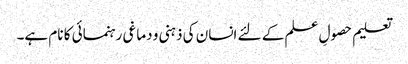
تعلیم حصولِ علم کے لئے انسان کی ذہنی و دماغی رہنمائی کا نام ہے۔